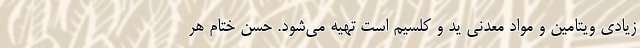
زیادی ویتامین و مواد معدنی ید و کلسیم است تهیه می‌شود. حسن‌ ختام هر